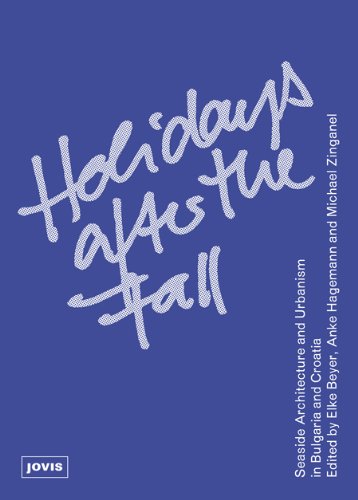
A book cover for Holidays after the Fall: Seaside Architecture and Urbanism in Bulgaria and Croatia; Travel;